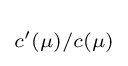
\scriptstyle c'(\mu )/c(\mu )